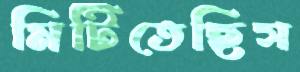
মিটিতেছিস